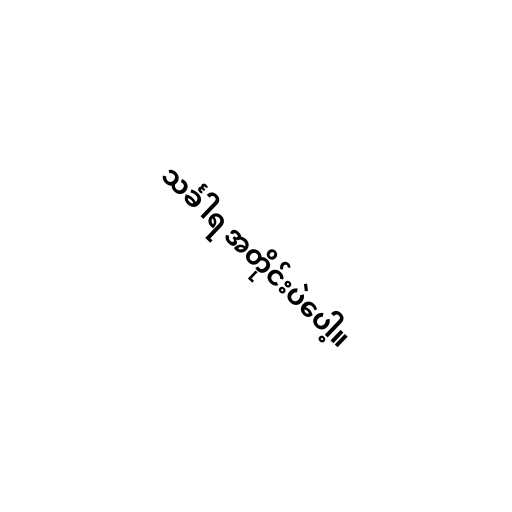
သင်္ခါရ အတိုင်းပဲပေါ့။